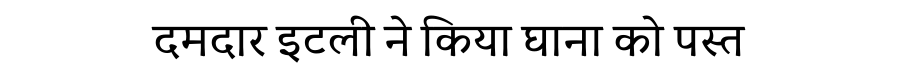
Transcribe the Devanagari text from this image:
दमदार इटली ने किया घाना को पस्त